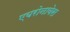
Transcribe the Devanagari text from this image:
एयरोनावेस